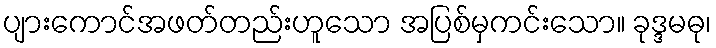
ပျားကောင်အဖတ်တည်းဟူသော အပြစ်မှကင်းသော။ ခုဒ္ဒမဓု၊